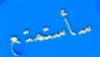
سأستمتع